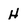
Character: H